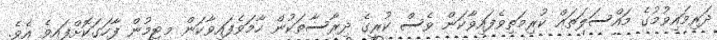
ދަރިމައިވުމުގެ މައްސަލަތައް ކުރިމަތިވެފައިވާކަން ވެސް ކުރީގެ ދިރާސާތަކުން ހާމަވެފައިވާކަން މިޓީމުން ފާހަގަކޮށްފައިވެ އެވެ.